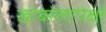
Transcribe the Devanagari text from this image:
खोबरेलापेक्षां